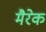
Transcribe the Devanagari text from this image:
मैरेक